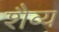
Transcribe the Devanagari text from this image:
शैव्य